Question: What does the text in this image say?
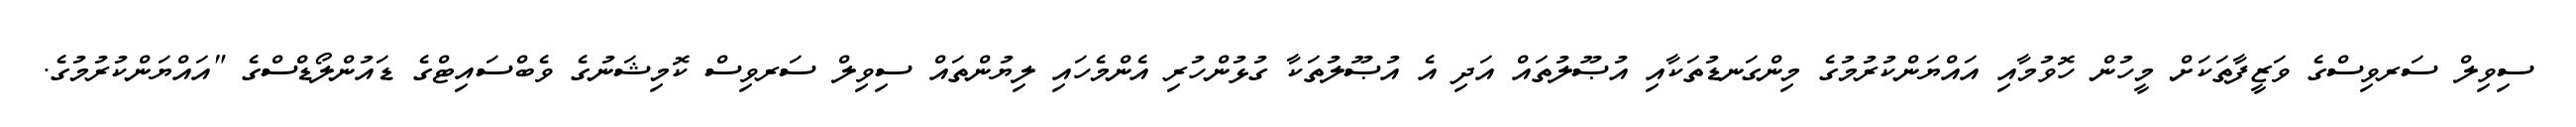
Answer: ސިވިލް ސަރވިސްގެ ވަޒީފާތަކަށް މީހުން ހޮވުމާއި އައްޔަންކުރުމުގެ މިންގަނޑުތަކާއި އުޞޫލުތައް އަދި އެ އުޞޫލުތަކާ ގުޅުންހުރި އެންމެހައި ލިޔުންތައް ސިވިލް ސަރވިސް ކޮމިޝަނުގެ ވެބްސައިޓްގެ ޑައުންލޯޑްސްގެ "އައްޔަންކުރުމުގެ.